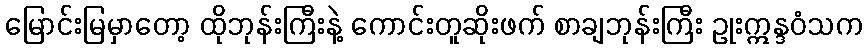
မြောင်းမြမှာတော့ ထိုဘုန်းကြီးနဲ့ ကောင်းတူဆိုးဖက် စာချဘုန်းကြီး ဥုးဣန္ဒဝံသက